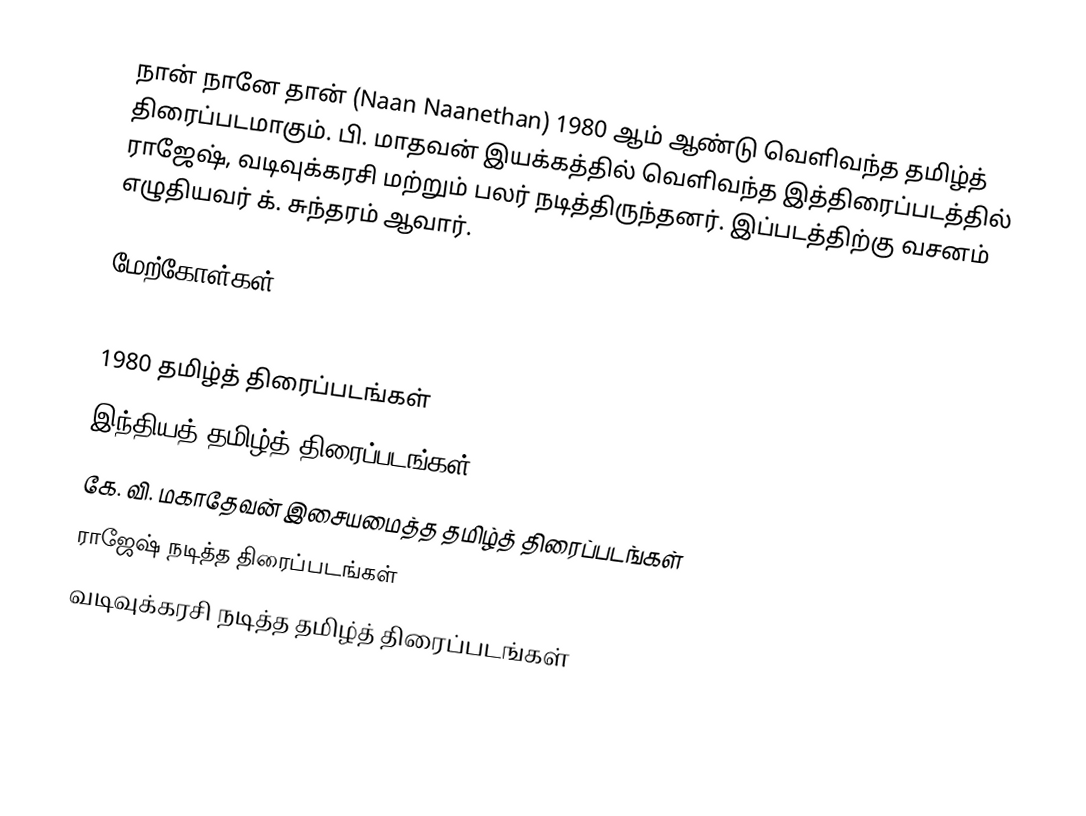
நான் நானே தான் (Naan Naanethan) 1980 ஆம் ஆண்டு வெளிவந்த தமிழ்த் திரைப்படமாகும். பி. மாதவன் இயக்கத்தில் வெளிவந்த இத்திரைப்படத்தில் ராஜேஷ், வடிவுக்கரசி மற்றும் பலர் நடித்திருந்தனர். இப்படத்திற்கு வசனம் எழுதியவர் க். சுந்தரம் ஆவார்.

மேற்கோள்கள்

1980 தமிழ்த் திரைப்படங்கள்
இந்தியத் தமிழ்த் திரைப்படங்கள்
கே. வி. மகாதேவன் இசையமைத்த தமிழ்த் திரைப்படங்கள்
ராஜேஷ் நடித்த திரைப்படங்கள்
வடிவுக்கரசி நடித்த தமிழ்த் திரைப்படங்கள்